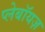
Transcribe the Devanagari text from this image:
प्लेबॉयज़